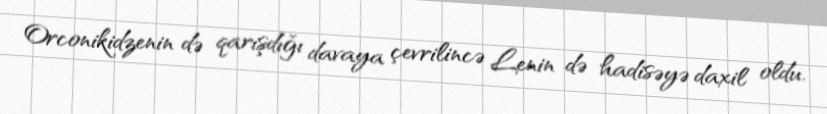
Orconikidzenin də qarışdığı davaya çevrilincə Lenin də hadisəyə daxil oldu.